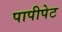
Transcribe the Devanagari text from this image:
पापीपेट